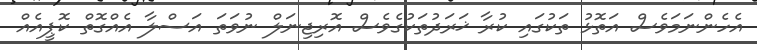
އެހެންނަމަވެސް އަތޮޅު ތަކުގައި ކުރާ ޚަރަދުތަކުގެވެސް އޮރިޖިނަލް ނުވަތަ އަސްލާ އެއްގޮތް ކޮޕީއެއް